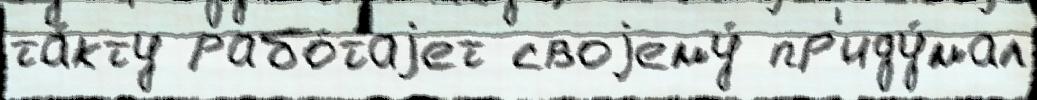
та́кту рабо́таjет своjему́ пр'иду́мал